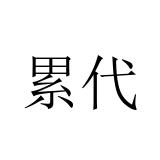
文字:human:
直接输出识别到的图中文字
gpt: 累代